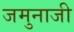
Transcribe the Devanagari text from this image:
जमुनाजी